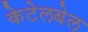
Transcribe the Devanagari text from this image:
केटेलबेल